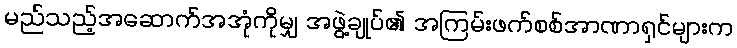
မည်သည့်အဆောက်အအုံကိုမျှ အဖွဲ့ချုပ်၏ အကြမ်းဖက်စစ်အာဏာရှင်များက